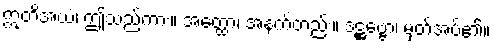
ဣတိအယံ၊ ဤသည်ကား။ အတ္ထော၊ အနက်တည်း။ ဒဋ္ဌဗ္ဗော၊ မှတ်အပ်၏။